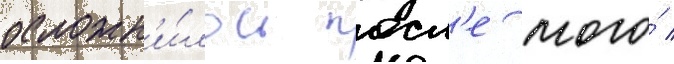
осложн'и́лось посл'е того́ /